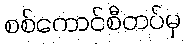
စစ်ကောင်စီတပ်မှ